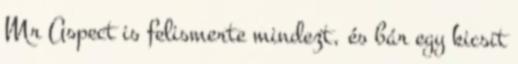
Mr Aspect is felismerte mindezt, és bár egy kicsit